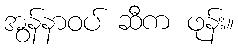
အွန်နာဝပ် ဆီက ဖုန်း။